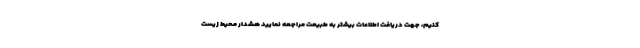
کنیم، جهت دریافت اطلاعات بیشتر به طبیعت مراجعه نمایید هشدار محیط زیست